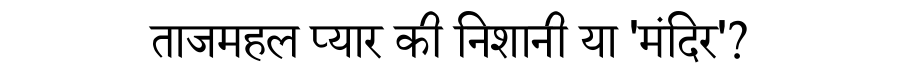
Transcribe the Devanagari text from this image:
ताजमहल प्यार की निशानी या 'मंदिर'?